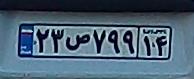
۲۳ص۷۹۹۱۴